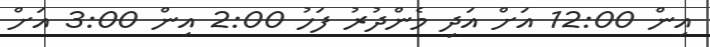
އިން 12:00 އަށް އަދި މެންދުރު ފަހު 2:00 އިން 3:00 އަށް